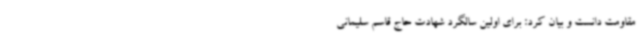
مقاومت دانست و بیان کرد: برای اولین سالگرد شهادت حاج قاسم سلیمانی